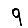
Digit: 9